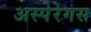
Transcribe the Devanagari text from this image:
अस्पेरेगस